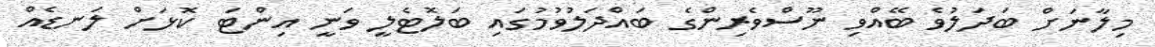
މިލާނަށް ބަދަލުވެ ބޭއްވި ނޫސްވެރިންގެ ބައްދަލުވުމުގައި ބަލޮޓެލީ ވަނީ އިންޓަ ކޮޅަށް ލަނޑެއް